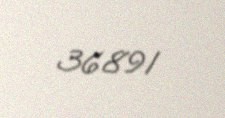
36891